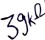
Text: 37kΩ